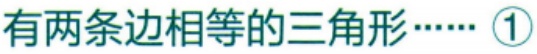
有两条边相等的三角形…… \textcircled{1}